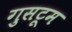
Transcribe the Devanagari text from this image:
गुसटूम